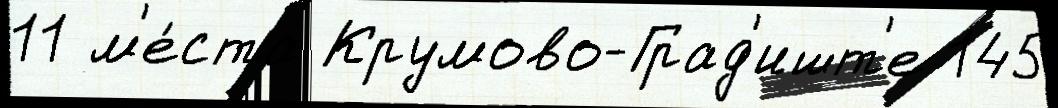
11 м'е́ста Крумово-Град'ишт'е 145